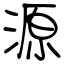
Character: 源